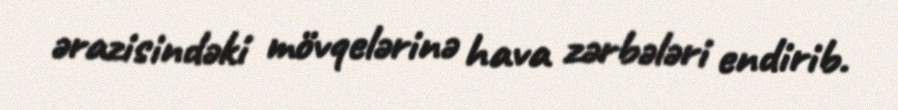
ərazisindəki mövqelərinə hava zərbələri endirib.